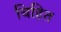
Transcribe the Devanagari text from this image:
चिहित